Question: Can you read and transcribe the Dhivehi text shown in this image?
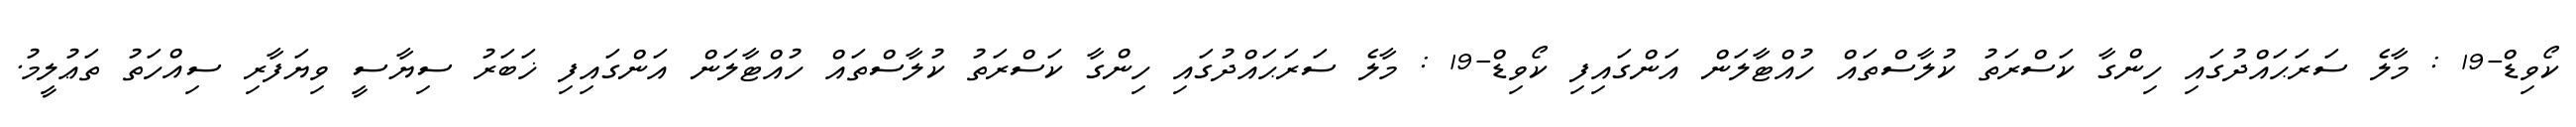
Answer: ކޯވިޑް-19 : މާލެ ސަރަޙައްދުގައި ހިންގާ ކަސްރަތު ކުލާސްތައް ހުއްޓާލަން އަންގައިފި ކޯވިޑް-19 : މާލެ ސަރަޙައްދުގައި ހިންގާ ކަސްރަތު ކުލާސްތައް ހުއްޓާލަން އަންގައިފި ޚަބަރު ސިޔާސީ ވިޔަފާރި ސިއްހަތު ތަޢުލީމު.